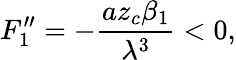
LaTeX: F_{1}^{\prime\prime}=-\frac{az_{c}\beta_{1}}{\lambda^{3}}<0,